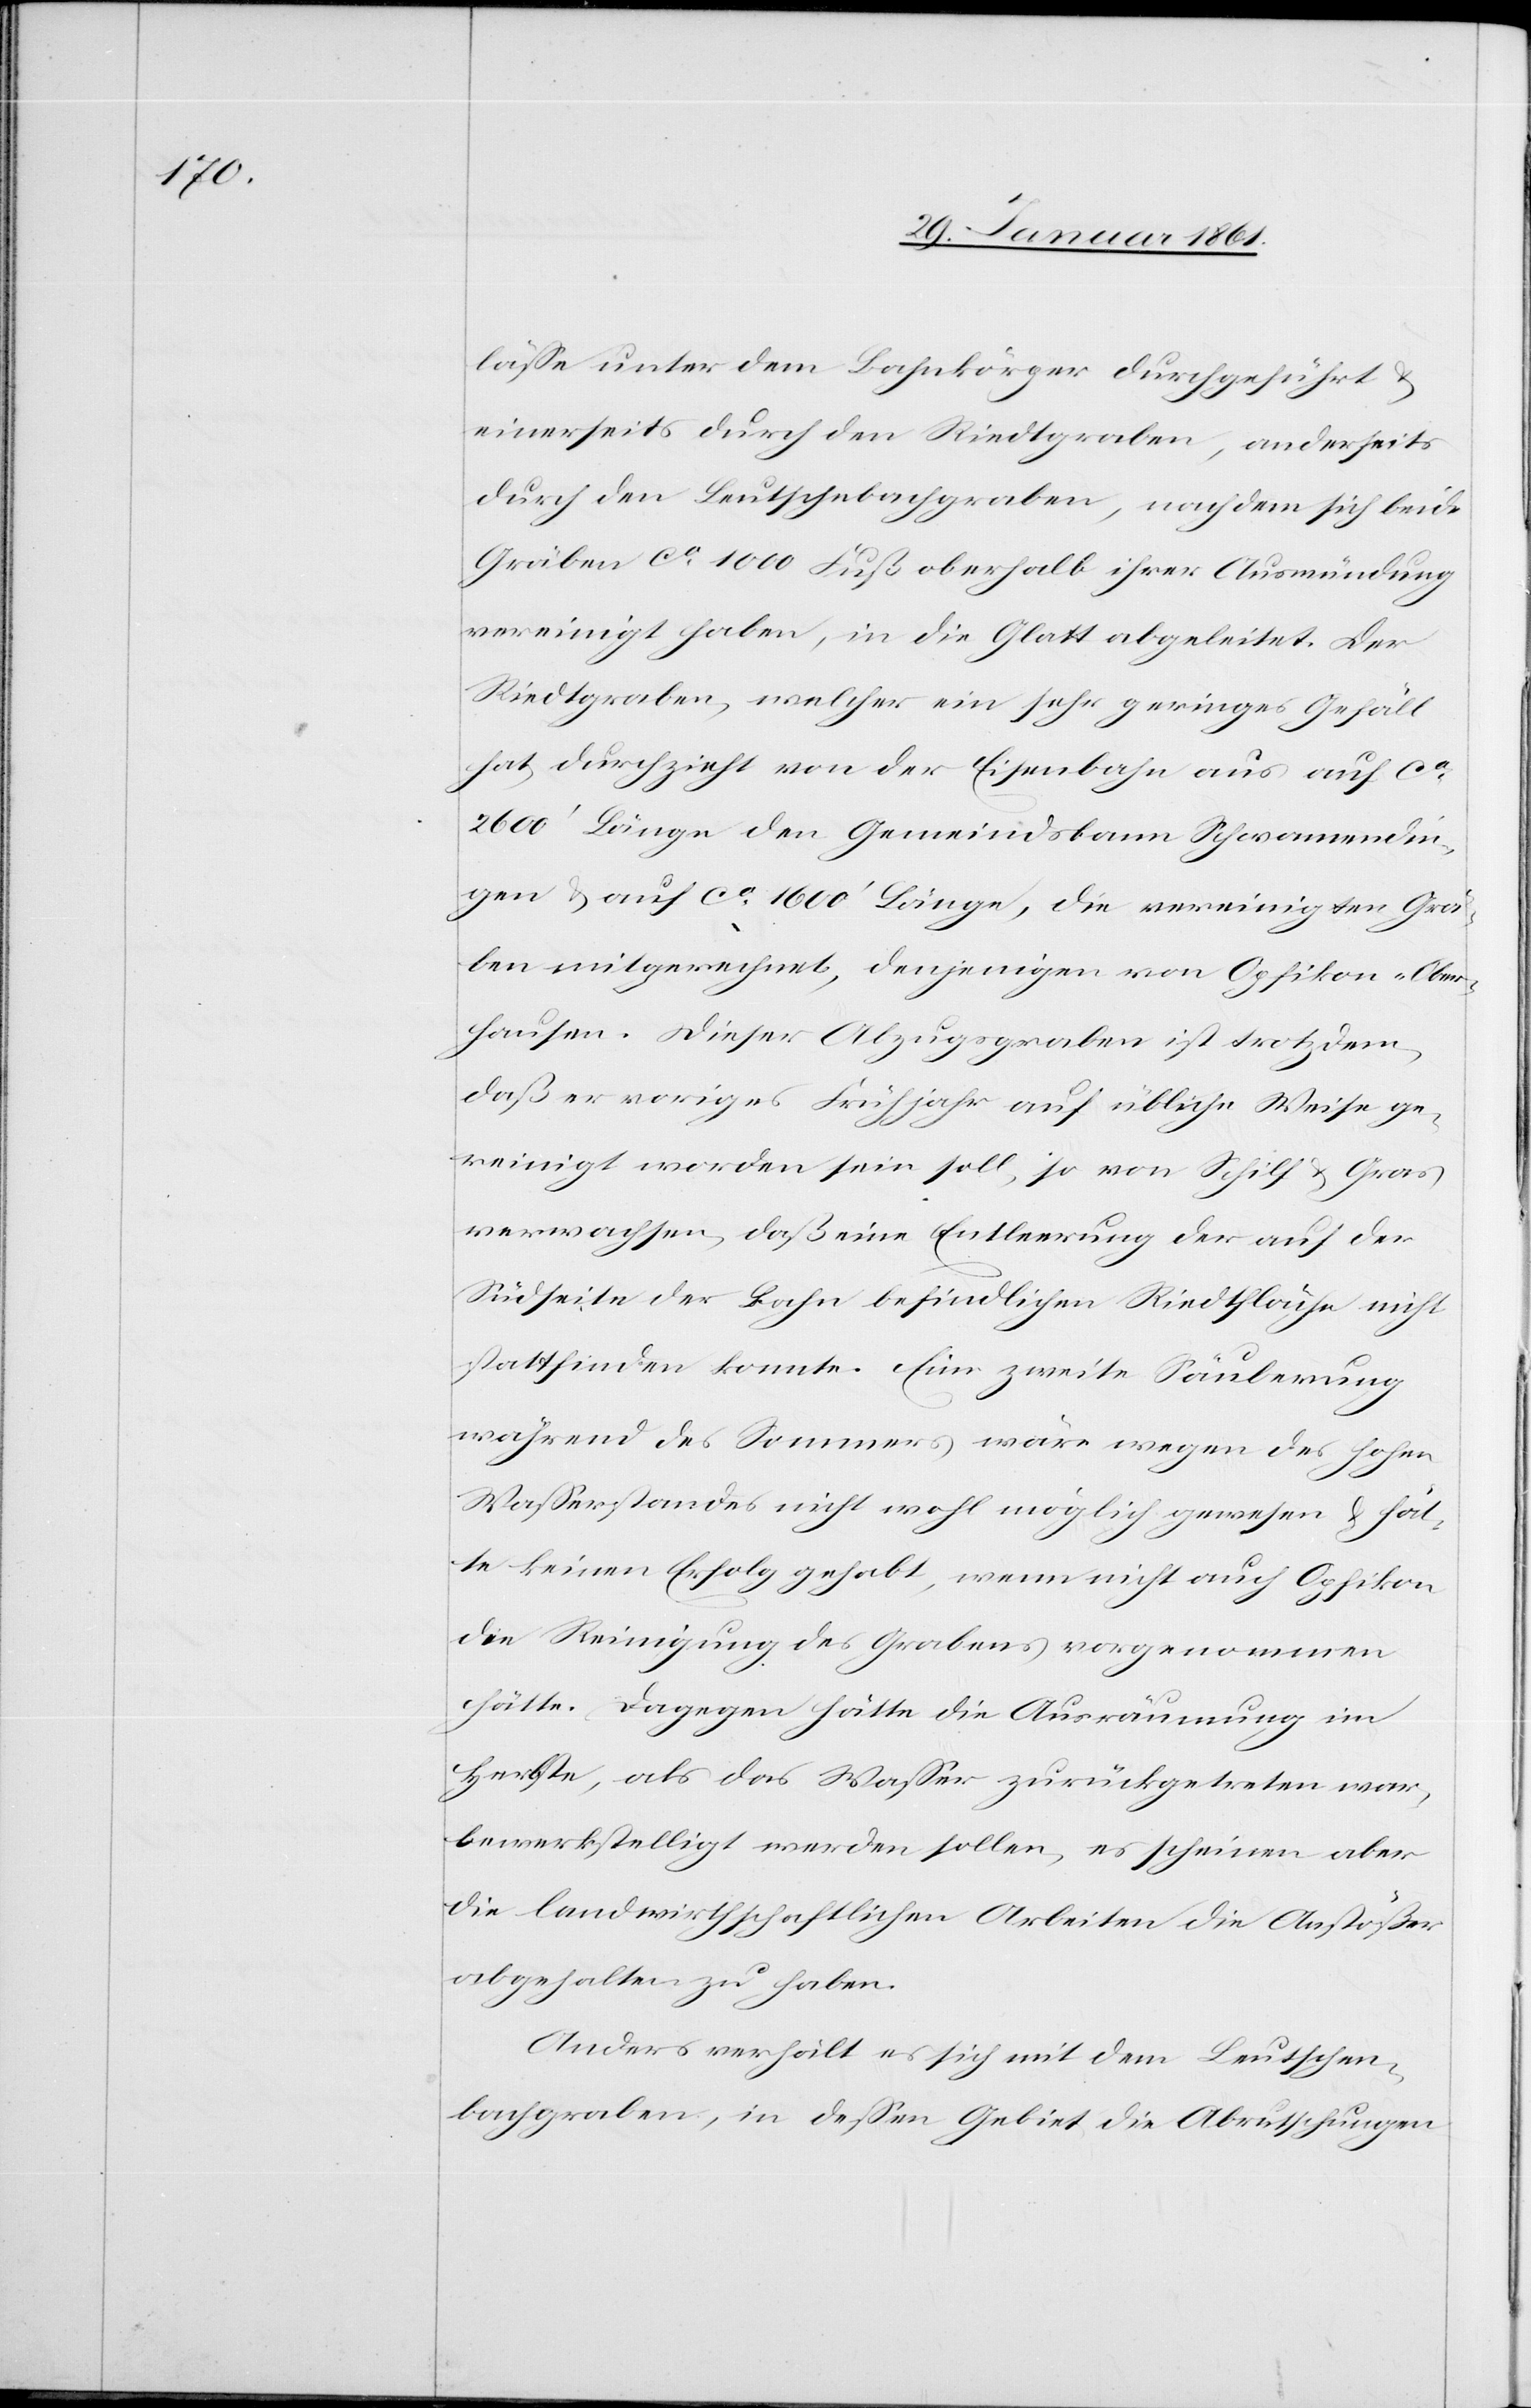
lässe unter dem Bahnkörper durchgeführt u.
einerseits durch den Riedtgraben, anderseits
durch den Leutschengraben, nachdem sich beide
Gräben ca 1000 Fuß oberhalb ihrer Ausmündung
vereinigt haben, in die Glatt abgeleitet. Der
Riedtgraben, welcher ein sehr geringes Gefäll
hat, durchzieht von der Eisenbahn aus auf ca
2600’ Länge den Gemeindsbann Schwamendin¬
gen u. auf ca 1600’ Länge, die vereinigten Grä¬
ben mitgerechnet, denjenigen von Opfikon-Ober¬
hausen. Dieser Abzugsgraben ist trotzdem,
daß er voriges Frühjahr auf übliche Weise ge¬
reinigt worden sein soll, so von Schilf u. Gras
verwachsen, daß eine Entleerung der auf der
Südseite der Bahn befindlichen Riedtfläche nicht
stattfinden konnte. Eine zweite Säuberung
während des Sommers wäre wegen des hohen
Wasserstandes nicht wohl möglich gewesen u. hät¬
te keinen Erfolgt gehabt, wenn nicht auch Opfikon
die Reinigung des Grabens vorgenommen
hätte. Dagegen hätte die Ausräumung im
Herbste, als das Wasser zurückgetreten war,
bewerkstelligt werden sollen, es schienen aber
die landwirthschaftlichen Arbeiten die Anstößer
abgehalten zu haben.
Anders verhält es sich mit dem Leutschen¬
bachgraben, in dessen Gebiet die Abrutschungen